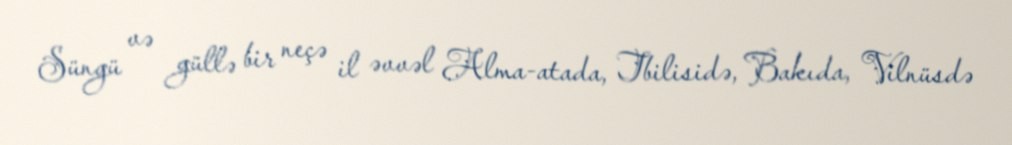
Süngü və güllə bir neçə il əvvəl Alma-atada, Tbilisidə, Bakıda, Vilnüsdə